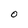
Character: 0